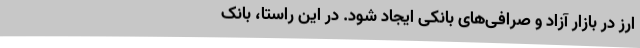
ارز در بازار آزاد و صرافی‌های بانکی ایجاد شود. در این راستا، بانک